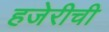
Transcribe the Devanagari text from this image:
हजेरीची